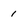
Character: 1